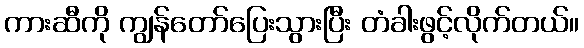
ကားဆီကို ကျွန်တော်ပြေးသွားပြီး တံခါးဖွင့်လိုက်တယ်။